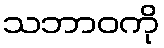
သဘာဝကို